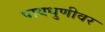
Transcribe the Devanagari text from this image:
पायधुणीवर